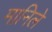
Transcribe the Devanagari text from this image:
मानिले